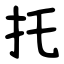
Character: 托